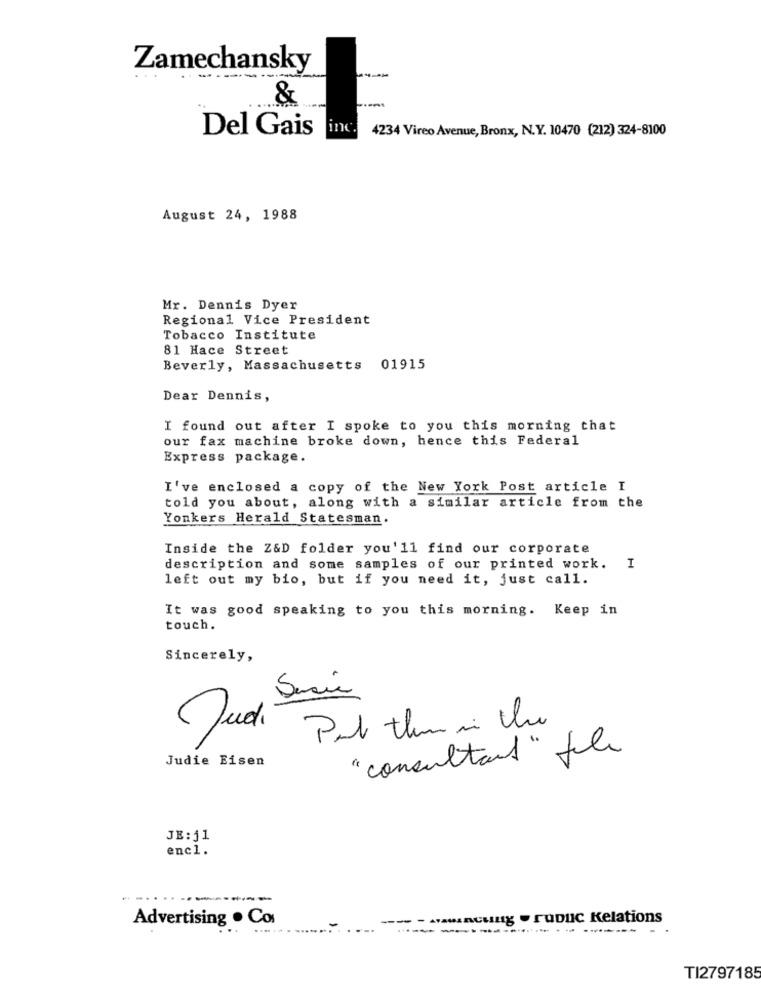
Zamechansky
&
Del Gais
4234 Vireo Avenue, Bronx, N.Y. 10470 (212) 324-8100
August 24, 1988
Mr. Dennis Dyer
Regional Vice President
Tobacco Institute
81 Hace Street
Beverly, Massachusetts 01915
Dear Dennis,
I found out after I spoke to you this morning that
our fax machine broke down, hence this Federal
Express package.
I've enclosed a copy of the New York Post article I
told you about, along with a similar article from the
Yonkers Herald Statesman.
Inside the Z&D folder you'll find our corporate
description and some samples of our printed work. I
left out my bio, but if you need it, just call.
It was good speaking to you this morning. Keep in
touch.
Sincerely,
12
Put them in the
Judie Eisen
"consultant" file
JE: 51
encl.
----
Advertising . Co
-- - - uncuug . roDIC Kelations
TI2797185